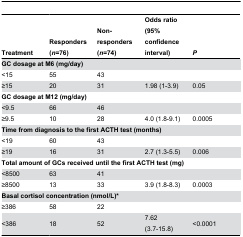
<table><thead><tr><td><b>Treatment</b></td><td><b>Responders (<i>n</i>=76)</b></td><td><b>Non-responders (<i>n</i>=74)</b></td><td><b>Odds ratio (95% confidence interval)</b></td><td><b><i>P</i></b></td></tr></thead><tbody><tr><td colspan="5"><b>GC dosage at M6 (mg/day)</b></td></tr><tr><td>&lt;15</td><td>55</td><td>43</td><td></td><td></td></tr><tr><td>≥15</td><td>20</td><td>31</td><td>1.98 (1-3.9)</td><td>0.05</td></tr><tr><td colspan="5"><b>GC dosage at M12 (mg/day)</b></td></tr><tr><td>&lt;9.5</td><td>66</td><td>46</td><td></td><td></td></tr><tr><td>≥9.5</td><td>10</td><td>28</td><td>4.0 (1.8-9.1)</td><td>0.0005</td></tr><tr><td colspan="5"><b>Time from diagnosis to the first ACTH test (months)</b></td></tr><tr><td>&lt;19</td><td>60</td><td>43</td><td></td><td></td></tr><tr><td>≥19</td><td>16</td><td>31</td><td>2.7 (1.3-5.5)</td><td>0.006</td></tr><tr><td colspan="5"><b>Total amount of GCs received until the first ACTH test (mg)</b></td></tr><tr><td>&lt;8500</td><td>63</td><td>41</td><td></td><td></td></tr><tr><td>≥8500</td><td>13</td><td>33</td><td>3.9 (1.8-8.3)</td><td>0.0003</td></tr><tr><td colspan="5"><b>Basal cortisol concentration (nmol/L)*</b></td></tr><tr><td>≥386</td><td>58</td><td>22</td><td></td><td></td></tr><tr><td>&lt;386</td><td>18</td><td>52</td><td>7.62 (3.7-15.8)</td><td>&lt;0.0001</td></tr></tbody></table>